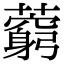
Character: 藭